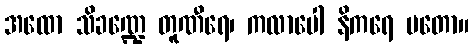
အထော သိခဏ္ဍေ တူဏီရေ၊ ကလာပေါ နိကရေ မတော။